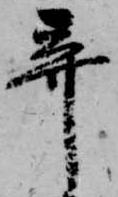
弃